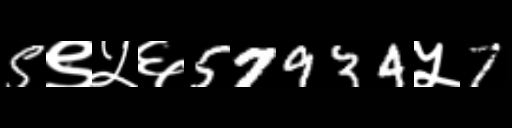
Text: 5९५६57934५7